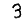
Digit: 3